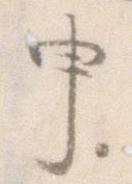
申